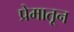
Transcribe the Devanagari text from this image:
प्रेमातून